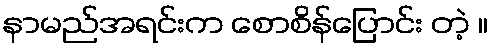
နာမည်အရင်းက စောစိန်ပြောင်း တဲ့ ။